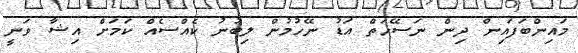
މައިންބަފައިން ދިން ނަސޭހަތް އަޑު ނޭހުމުން ލިބުނު ކެއްސެއް ކަމަށް އިޝާ ވަނީ